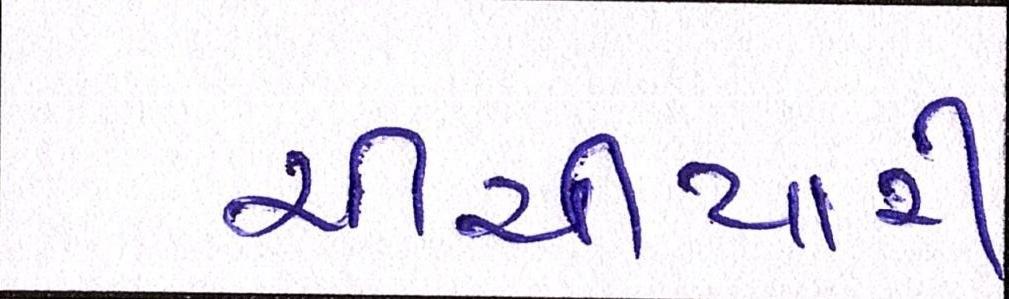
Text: ચીચીયારી